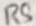
Text: R5